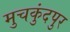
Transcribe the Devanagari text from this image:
मुचकुंदपुर